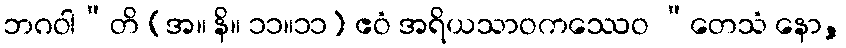
ဘဂဝါ”တိ (အ။ နိ။ ၁၁။၁၁) ဧဝံ အရိယသာဝကဿေဝ “တေသံ နော,